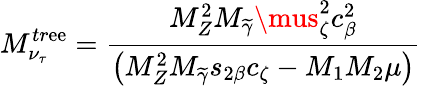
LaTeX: M_{\nu_{\tau}}^{tr\mathrm{e}\mathrm{e}}=\frac{{M_{Z}^{2}M_{\widetilde{{\gamma}}}\mus_{\zeta}^{2}c_{\beta}^{2}}}{{\left(M_{Z}^{2}M_{\widetilde{{\gamma}}}s_{2\beta}c_{\zeta}-M_{1}M_{2}\mu\right)}}